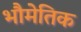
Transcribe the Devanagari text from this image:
भौमेतिक